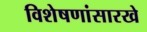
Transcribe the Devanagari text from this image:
विशेषणांसारखे